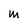
Character: m